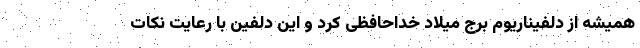
همیشه از دلفیناریوم برج میلاد خداحافظی کرد و این دلفین با رعایت نکات